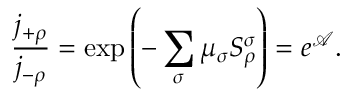
\frac { j _ { + \rho } } { j _ { - \rho } } = \exp \left( - \sum _ { \sigma } \mu _ { \sigma } S _ { \rho } ^ { \sigma } \right) = e ^ { \mathcal { A } } .